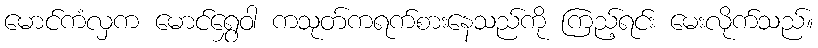
မောင်ကံလှက မောင်ရွှေဝါ ကသုတ်ကရက်စားနေသည်ကို ကြည့်ရင်း မေးလိုက်သည်။